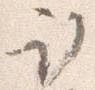
取